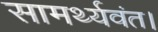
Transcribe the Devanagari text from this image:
सामर्थ्यवंत।